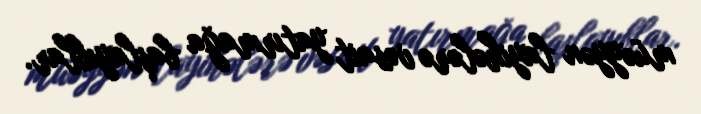
müəyyən layihələrə vəsait yatırmağa başlayıblar.